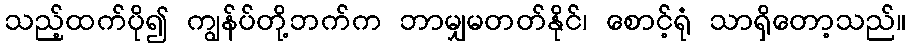
သည့်ထက်ပို၍ ကျွန်ပ်တို့ဘက်က ဘာမျှမတတ်နိုင်၊ စောင့်ရုံ သာရှိတော့သည်။